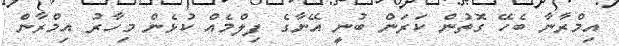
އިމްރާނާ ބެހޭ ގޮތުން ކަރަން ބުނީ އޭނާގެ ފިލްމެއް ކުޅެން މިހާރު އިމްރާން